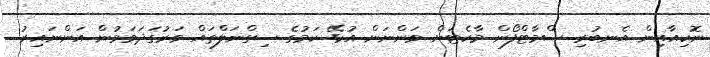
ނޮކިއާއިން އެނބުރި ސްމާޓްފޯން މާކެޓަށް ވަންނަން އުޅޭ ކަމުގެ ސިގްނަލްތައް ވަރުގަދަވަމުން އަންނައިރު